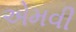
એમવી